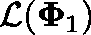
\mathcal { L } ( \mathbf { \Phi } _ { 1 } )